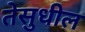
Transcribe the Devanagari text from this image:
तेसुधील